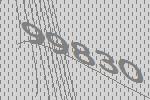
99830